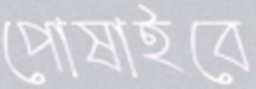
পোষাইবে